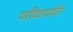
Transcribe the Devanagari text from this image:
परीघापर्यंत